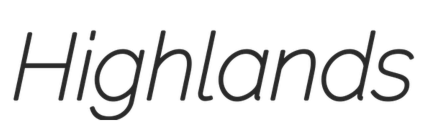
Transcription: Highlands